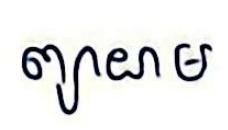
ព្យាយាម